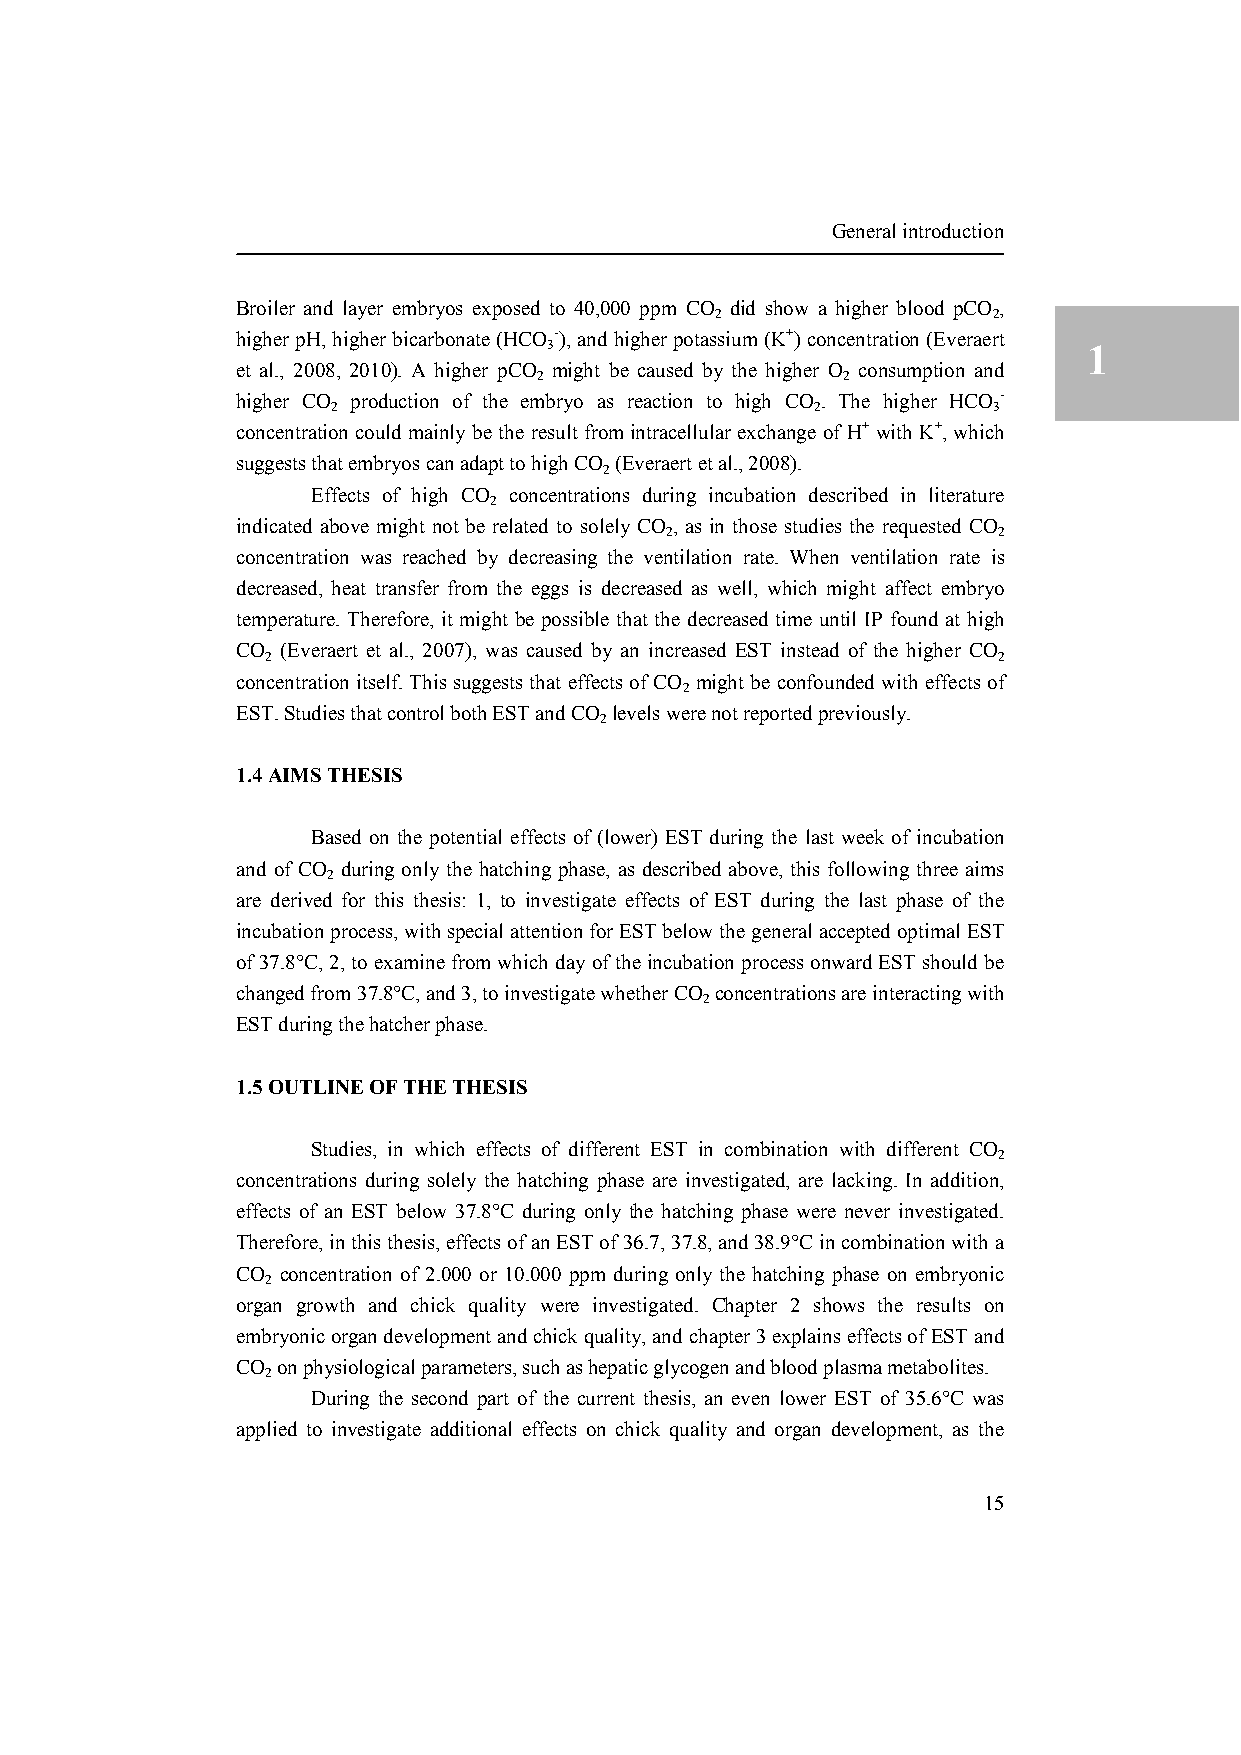
General introduction
 Broiler and layer embryos exposed to 40,000 ppm CO did show a higher blood pCO ,
 2                  2
 higher pH, higher bicarbonate (HCO -), and higher potassium (K+) concentration (Everaert
 3                                   1
 et al., 2008, 2010). A higher pCO might be caused by the higher O consumption and
 2                   2
 higher CO production of the embryo as reaction to high CO . The higher HCO -
 2                               2           3
 concentration could mainly be the result from intracellular exchange of H+ with K+, which
 suggests that embryos can adapt to high CO (Everaert et al., 2008).
 2
 Effects of high CO concentrations during incubation described in literature
 2
 indicated above might not be related to solely CO , as in those studies the requested CO
 2                     2
 concentration was reached by decreasing the ventilation rate. When ventilation rate is
 decreased, heat transfer from the eggs is decreased as well, which might affect embryo
 temperature. Therefore, it might be possible that the decreased time until IP found at high
 CO (Everaert et al., 2007), was caused by an increased EST instead of the higher CO
 2                                               2
 concentration itself. This suggests that effects of CO might be confounded with effects of
 2
 EST. Studies that control both EST and CO levels were not reported previously.
 2
 1.4 AIMS THESIS
 Based on the potential effects of (lower) EST during the last week of incubation
 and of CO during only the hatching phase, as described above, this following three aims
 2
 are derived for this thesis: 1, to investigate effects of EST during the last phase of the
 incubation process, with special attention for EST below the general accepted optimal EST
 of 37.8°C, 2, to examine from which day of the incubation process onward EST should be
 changed from 37.8°C, and 3, to investigate whether CO concentrations are interacting with
 2
 EST during the hatcher phase.
 1.5 OUTLINE OF THE THESIS
 Studies, in which effects of different EST in combination with different CO
 2
 concentrations during solely the hatching phase are investigated, are lacking. In addition,
 effects of an EST below 37.8°C during only the hatching phase were never investigated.
 Therefore, in this thesis, effects of an EST of 36.7, 37.8, and 38.9°C in combination with a
 CO concentration of 2.000 or 10.000 ppm during only the hatching phase on embryonic
 2
 organ growth and chick quality were investigated. Chapter 2 shows the results on
 embryonic organ development and chick quality, and chapter 3 explains effects of EST and
 CO on physiological parameters, such as hepatic glycogen and blood plasma metabolites.
 2
 During the second part of the current thesis, an even lower EST of 35.6°C was
 applied to investigate additional effects on chick quality and organ development, as the
 15